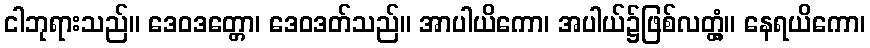
ငါဘုရားသည်။ ဒေဝဒတ္တော၊ ဒေဝဒတ်သည်။ အာပါယိကော၊ အပါယ်၌ဖြစ်လတ္တံ့။ နေရယိကော၊